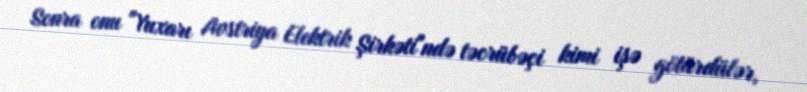
Sonra onu "Yuxarı Avstriya Elektrik Şirkəti"ndə təcrübəçi kimi işə götürdülər,